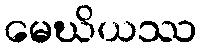
မေဃိယဿ